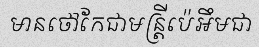
មានថៅកែជាមន្ត្រីប៉េអឹមជា